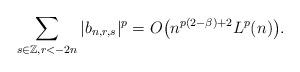
LaTeX: \begin{align*}\sum_{s\in \mathbb{Z}, r<-2n}|b_{n,r,s}|^p=O \big(n^{p(2-\beta)+2}L^p(n)\big).\end{align*}